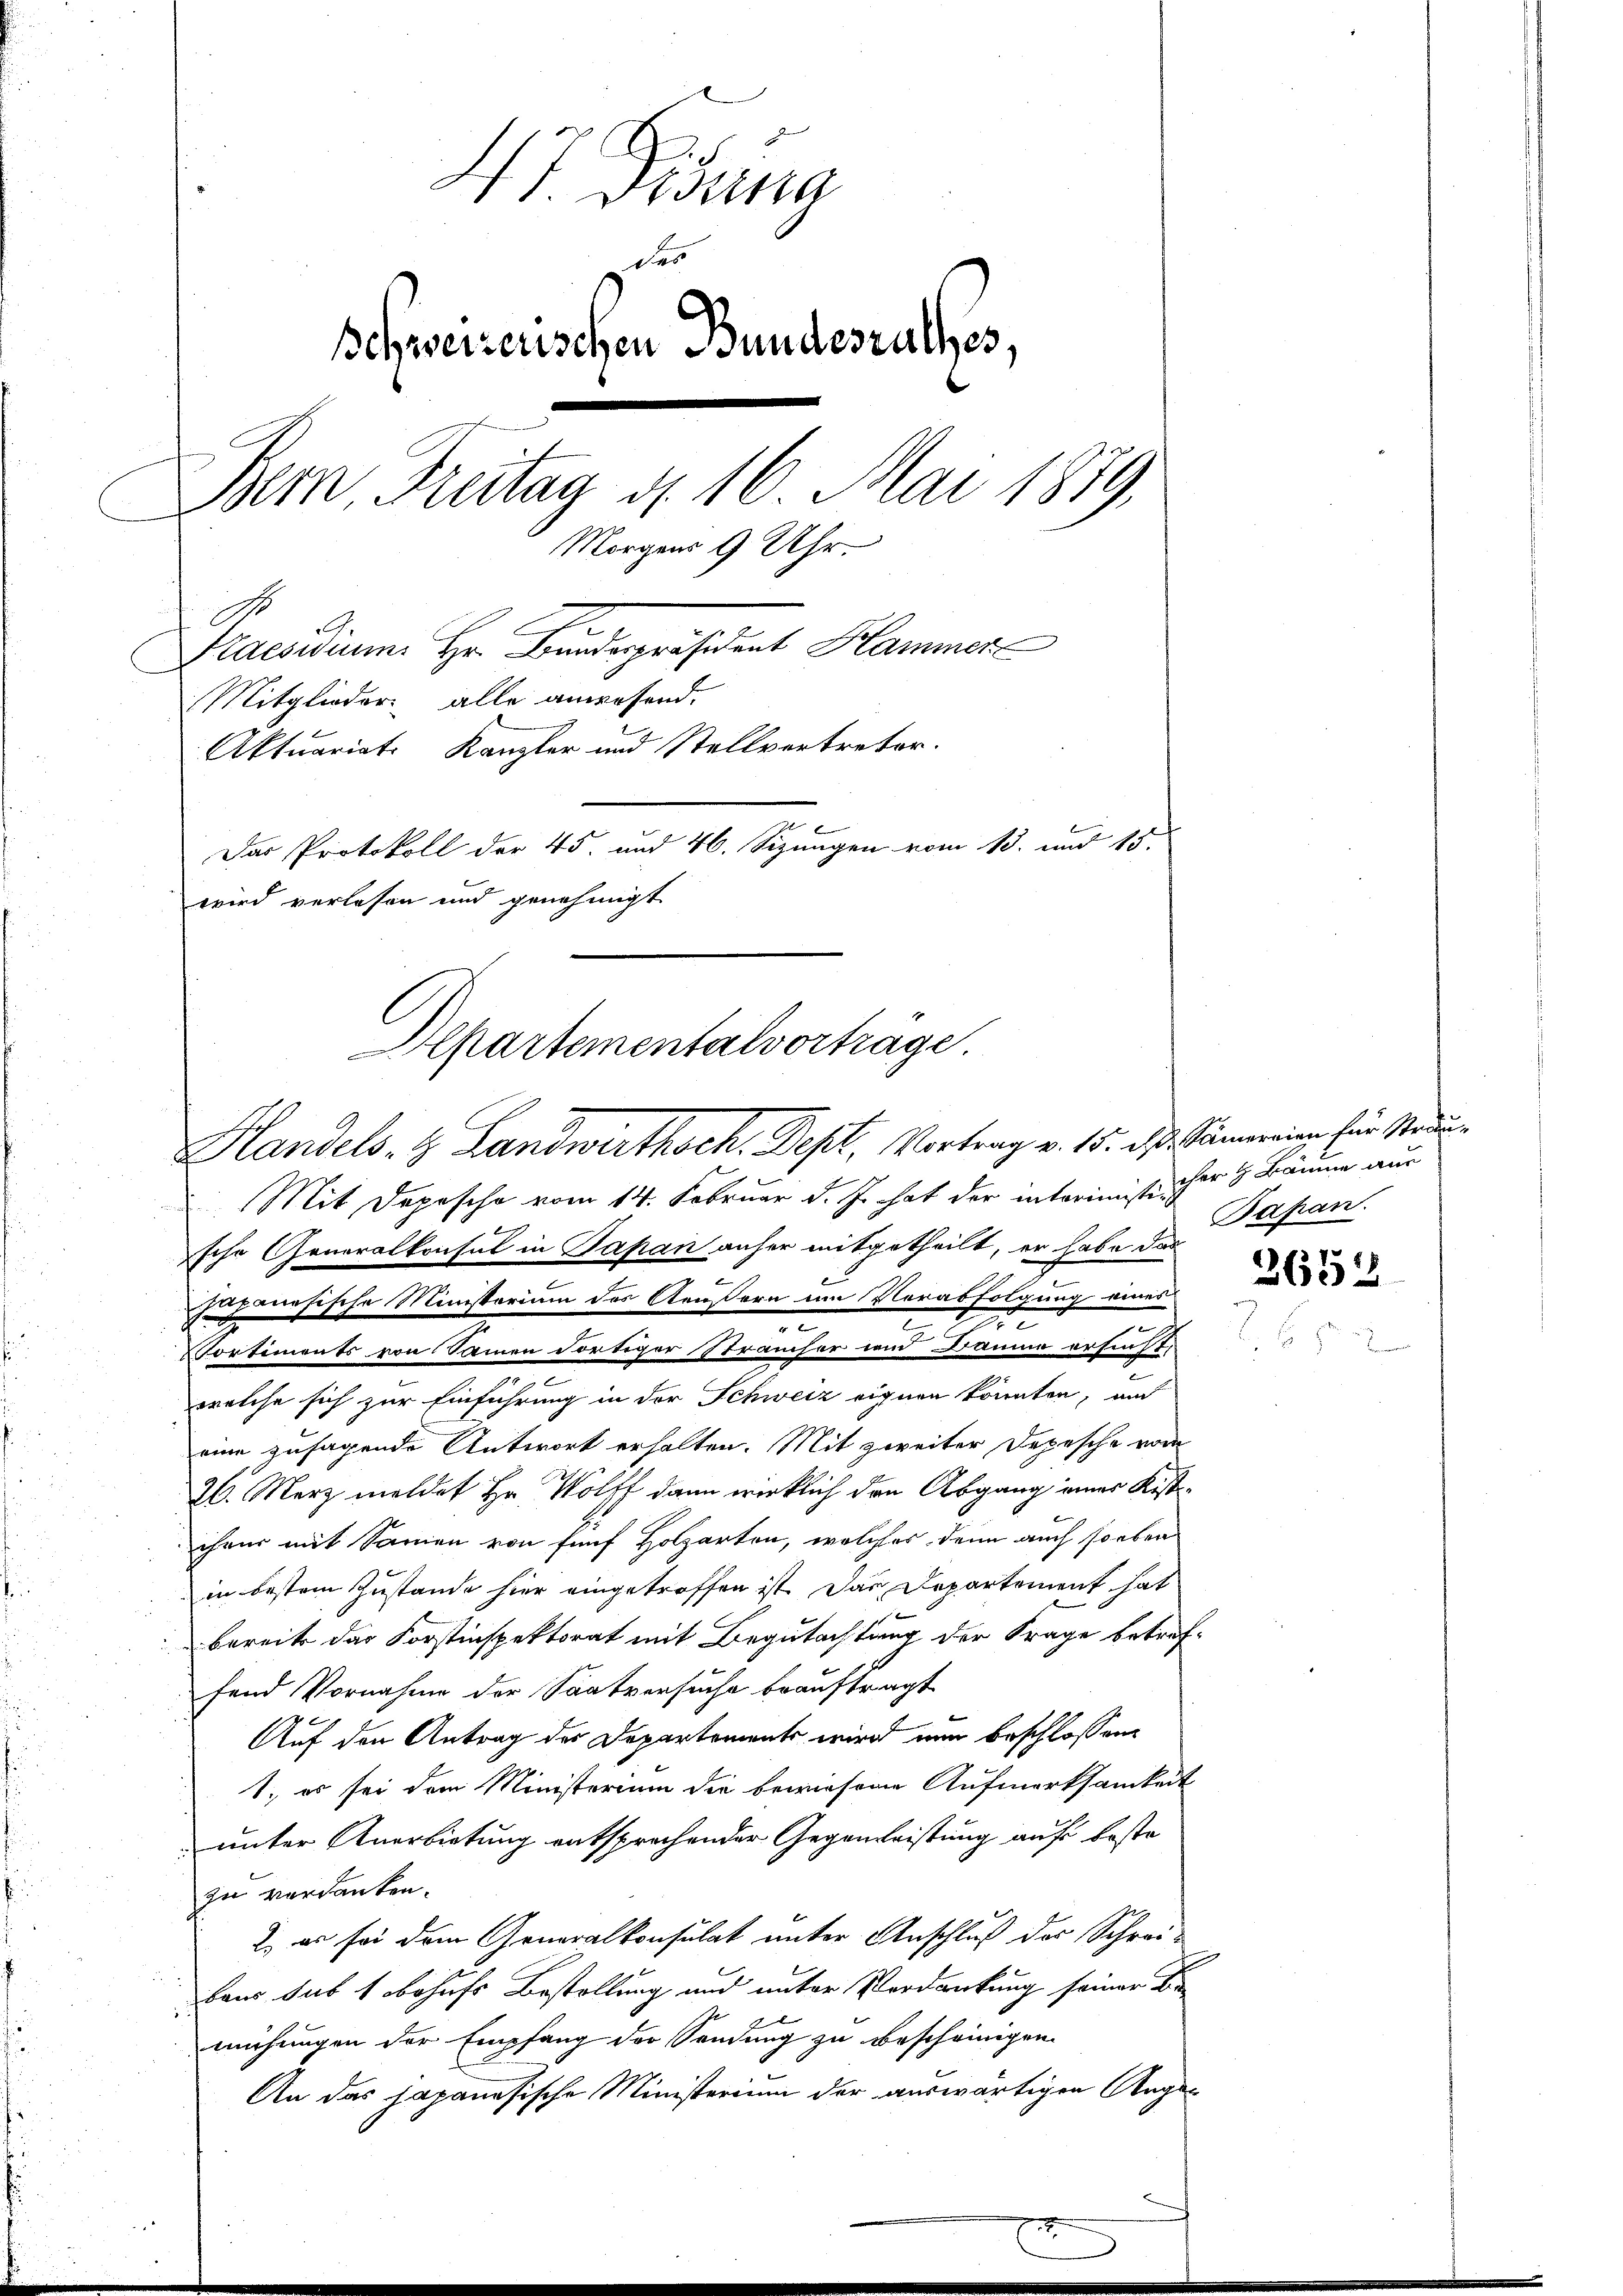
47 Disena
des
Schweizerischen Bundesrathes,
Bern Freitag d. 16. Mai 1879,
Morgens 9 Uhr.
Praesidium. Hr. Bundespräsident Hammer
Mitglieder alle anwesend.
Aktuariat Kanzler und Stellvertreter.
Der Protokoll der 45. und 46. Sizungen vom 15. und 15.
wird verlesen und genehmigt.
Departementalvortrage.

Handels- & Landwirthsch. Dept, Vortrag v. 15. d. d. Stämmeiner für Steue

Mit Depesche vom 14. Februar d. Js. hat der interimistischer H. Bäume aus
sche Generalkonsul in Japan anher mitgetheilt, er habe das
Jahmösische Ministerium des Aeußern im Verabfolgung eines
e
e
.
n
Portiments von Sammen dortiger Sträucher und Baume ersent.
welche sich zur Einführung in der Schweiz eignen könnten, auch
eine zusagende Antwort erhalten. Mit zweiter Depesche vom
26. März meldet Hr. Wolff dann wirklich den Abgang einer Kistihrer mit Samen von fünf Holzarten, welches denn auch soeben
in bestem Zustande hier eingetroffen ist. Das Departement hat
bereits das Forstinspektorat mit Begutachtung der Frage betreffend Vornahme der Saatversuche beauftragt
Auf den Antrag der Departements wird nun beschlossene
1., es sei dem Ministerium die bewiesene Aufmerksamkeit
unter Anerbietung entsprechender Gegenweistung auf beste
zu verdanken.
2. es sei dem Generalkonsulat unter Anschluß der Schrei-
baus sub 1 behufs Bestellung und unter Verdankung seiner Be
mühungen der Empfang der Sendung zu bescheinigen.
An das japanesische Ministerium der auswärtigen Ange-

Bapan.

2652